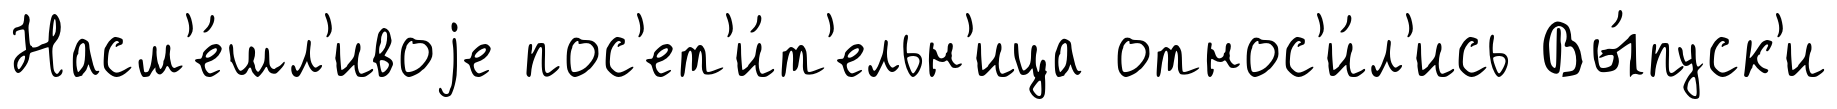
Насм'е́шл'ивоjе пос'ет'и́т'ельн'ица относ'и́л'ись Вы́пуск'и